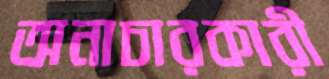
অনাচারকারী